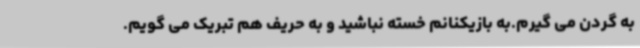
به گردن می گیرم.به بازیکنانم خسته نباشید و به حریف هم تبریک می گویم.